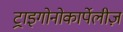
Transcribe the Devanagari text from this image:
ट्राइगोनोकार्पेलीज़